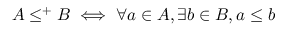
A \leq ^ { + } B \iff \forall a \in A , \exists b \in B , a \leq b